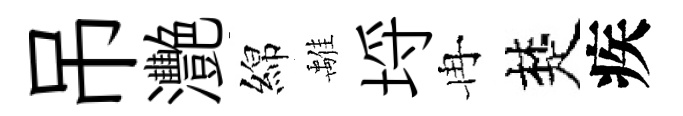
吊灧綿𩀌埓冉楚疾